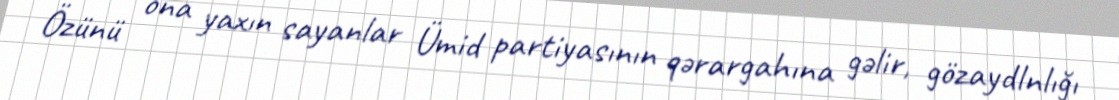
Özünü ona yaxın sayanlar Ümid partiyasının qərargahına gəlir, gözaydlnlığı